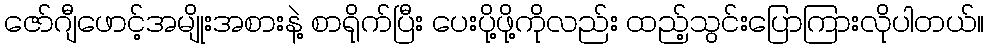
ဇော်ဂျီဖောင့်အမျိုးအစားနဲ့ စာရိုက်ပြီး ပေးပို့ဖို့ကိုလည်း ထည့်သွင်းပြောကြားလိုပါတယ်။